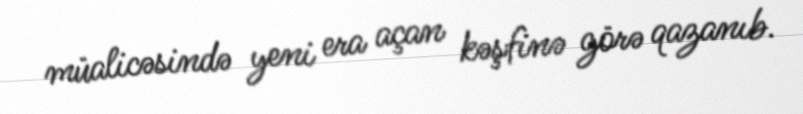
müalicəsində yeni era açan kəşfinə görə qazanıb.